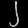
Digit: ၂